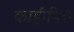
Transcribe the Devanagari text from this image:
काहींपित्त